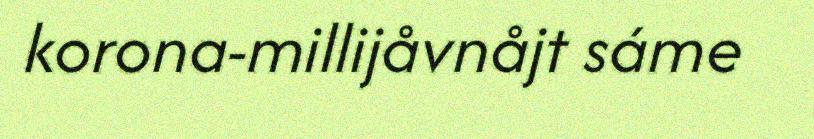
korona-millijåvnåjt sáme